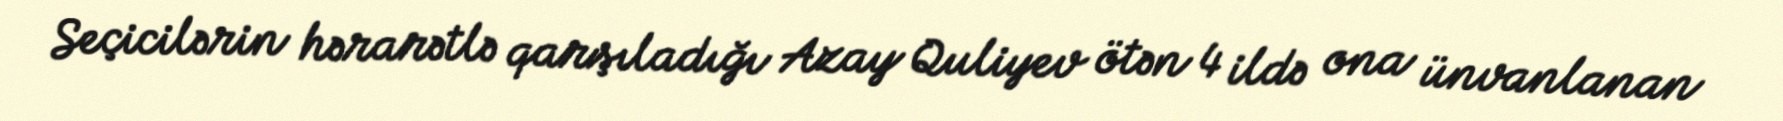
Seçicilərin hərarətlə qarşıladığı Azay Quliyev ötən 4 ildə ona ünvanlanan